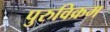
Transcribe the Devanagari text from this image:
पुरुविक्रम